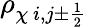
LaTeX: \rho_{\chi\ i,j\pm\frac{1}{2}}